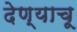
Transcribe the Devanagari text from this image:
देण्याचू